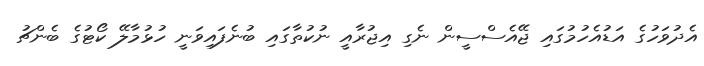
އެދުވަހުގެ އަޑުއެހުމުގައި ޖޭއެސްސީން ނެގި އިޖުރާއީ ނުކުތާގައި ބުނެފައިވަނީ ހުޅުމާލޭ ކޯޓުގެ ބެންޗު